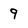
Character: 9